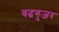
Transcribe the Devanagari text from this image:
बढगुजर